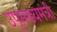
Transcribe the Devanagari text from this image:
उपुमख्यमंत्री